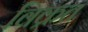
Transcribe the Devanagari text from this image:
विक्रत